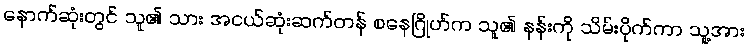
နောက်ဆုံးတွင် သူ၏ သား အငယ်ဆုံးဆက်တန် စနေဂြိုဟ်က သူ၏ နန်းကို သိမ်းပိုက်ကာ သူ့အား